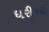
ધરીઓ